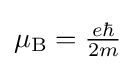
{\textstyle \mu _{\rm {B}}={\frac {e\hbar }{2m}}}